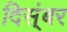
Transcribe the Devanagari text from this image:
दिस्ंबर